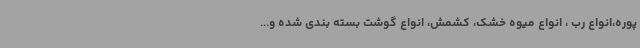
پوره،انواع رب ، انواع میوه خشک، کشمش، انواع گوشت بسته بندی شده و...‌